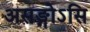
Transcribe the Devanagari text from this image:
असङ्गोऽसि